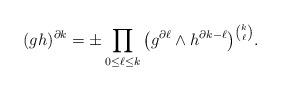
LaTeX: \begin{gather*} (gh)^{\partial k} = \pm \prod_{0 \leq \ell \leq k} \, \bigl( g^{\partial \ell} \wedge h^{\partial k-\ell} \bigr)^{\binom{k}{\ell}}. \end{gather*}